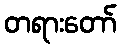
တရားတော်